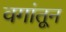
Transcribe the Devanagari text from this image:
वगांतून